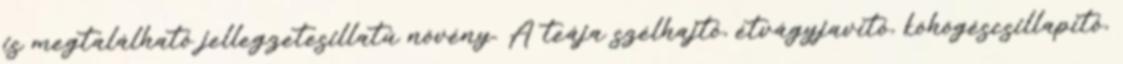
is megtalálható jellegzetesillatú növény. A teája szélhajtó, étvágyjavító, köhögéscsillapító,